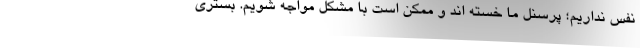
نفس نداریم؛ پرسنل ما خسته اند و ممکن است با مشکل مواجه شویم. بستری